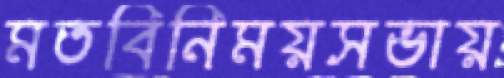
মতবিনিময়সভায়